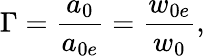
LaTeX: \Gamma=\frac{a_{0}}{a_{0e}}=\frac{w_{0e}}{w_{0}},